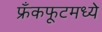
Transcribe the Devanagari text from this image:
फ्रँकफूटमध्ये